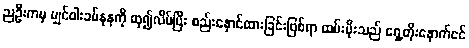
ညဦးကမှ မျှင်ဝါးခပ်နုနုကို ထု၍လိမ်ပြီး စည်းနှောင်ထားခြင်းဖြစ်ရာ ထမ်းပိုးသည် ရှေ့တိုးနောက်ငင်